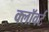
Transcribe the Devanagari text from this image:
क्लॉवर्ट